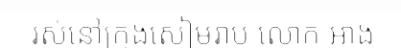
រស់នៅក្រុងសៀមរាប លោក អាង